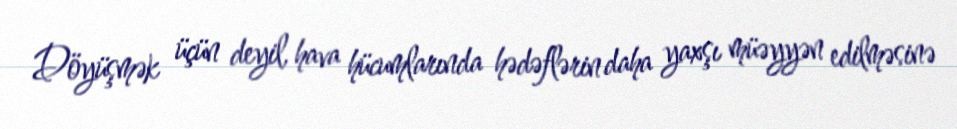
Döyüşmək üçün deyil, hava hücumlarında hədəflərin daha yaxşı müəyyən edilməsinə